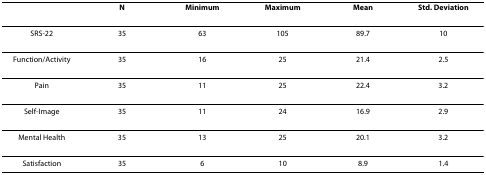
<table><thead><tr><td></td><td><b>N</b></td><td><b>Minimum</b></td><td><b>Maximum</b></td><td><b>Mean</b></td><td><b>Std. Deviation</b></td></tr></thead><tbody><tr><td>SRS-22</td><td>35</td><td>63</td><td>105</td><td>89.7</td><td>10</td></tr><tr><td>Function/Activity</td><td>35</td><td>16</td><td>25</td><td>21.4</td><td>2.5</td></tr><tr><td>Pain</td><td>35</td><td>11</td><td>25</td><td>22.4</td><td>3.2</td></tr><tr><td>Self-Image</td><td>35</td><td>11</td><td>24</td><td>16.9</td><td>2.9</td></tr><tr><td>Mental Health</td><td>35</td><td>13</td><td>25</td><td>20.1</td><td>3.2</td></tr><tr><td>Satisfaction</td><td>35</td><td>6</td><td>10</td><td>8.9</td><td>1.4</td></tr></tbody></table>